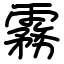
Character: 霧